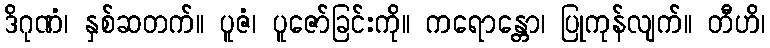
ဒိဂုဏံ၊ နှစ်ဆတက်။ ပူဇံ၊ ပူဇော်ခြင်းကို။ ကရောန္တော၊ ပြုကုန်လျက်။ တီဟိ၊